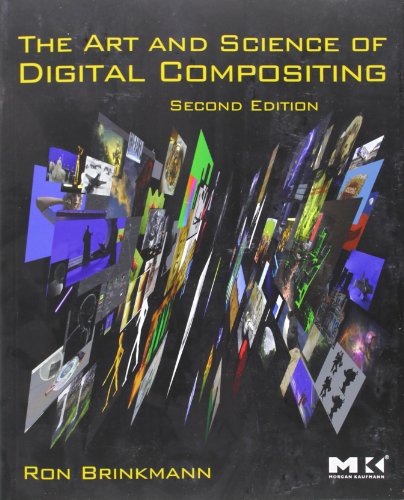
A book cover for The Art and Science of Digital Compositing, Second Edition: Techniques for Visual Effects, Animation and Motion Graphics (The Morgan Kaufmann Series in Computer Graphics); Ron Brinkmann; Computers & Technology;